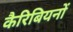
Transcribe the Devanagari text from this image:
कैरिबियनों